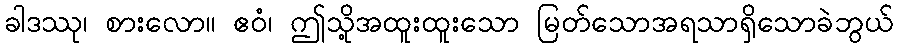
ခါဒဿု၊ စားလော။ ဧဝံ၊ ဤသို့အထူးထူးသော မြတ်သောအရသာရှိသောခဲဘွယ်